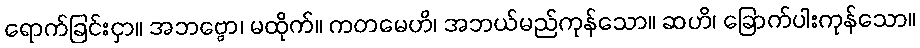
ရောက်ခြင်းငှာ။ အဘဗ္ဗော၊ မထိုက်။ ကတမေဟိ၊ အဘယ်မည်ကုန်သော။ ဆဟိ၊ ခြောက်ပါးကုန်သော။